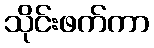
သိုင်းဖက်ကာ